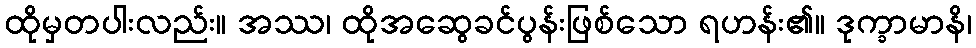
ထိုမှတပါးလည်း။ အဿ၊ ထိုအဆွေခင်ပွန်းဖြစ်သော ရဟန်း၏။ ဒုက္ခာမာနိ၊